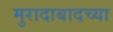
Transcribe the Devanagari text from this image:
मुरादाबादच्या